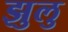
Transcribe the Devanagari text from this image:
झुलु